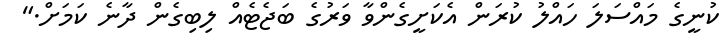
ކުނީގެ މައްސަލަ ހައްލު ކުރަން އެކަށީގެންވާ ވަރުގެ ބަޖެޓެއް ލިބިގެން ދާނެ ކަމަށް."